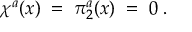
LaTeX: \chi ^ { a } ( x ) \; = \; \pi _ { 2 } ^ { a } ( x ) \; = \; 0 \; .